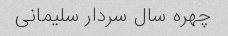
چهره سال سردار سلیمانی